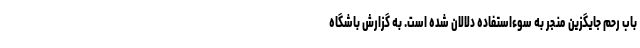
باب رحم جایگزین منجر به سوءاستفاده دلالان شده است. به گزارش باشگاه